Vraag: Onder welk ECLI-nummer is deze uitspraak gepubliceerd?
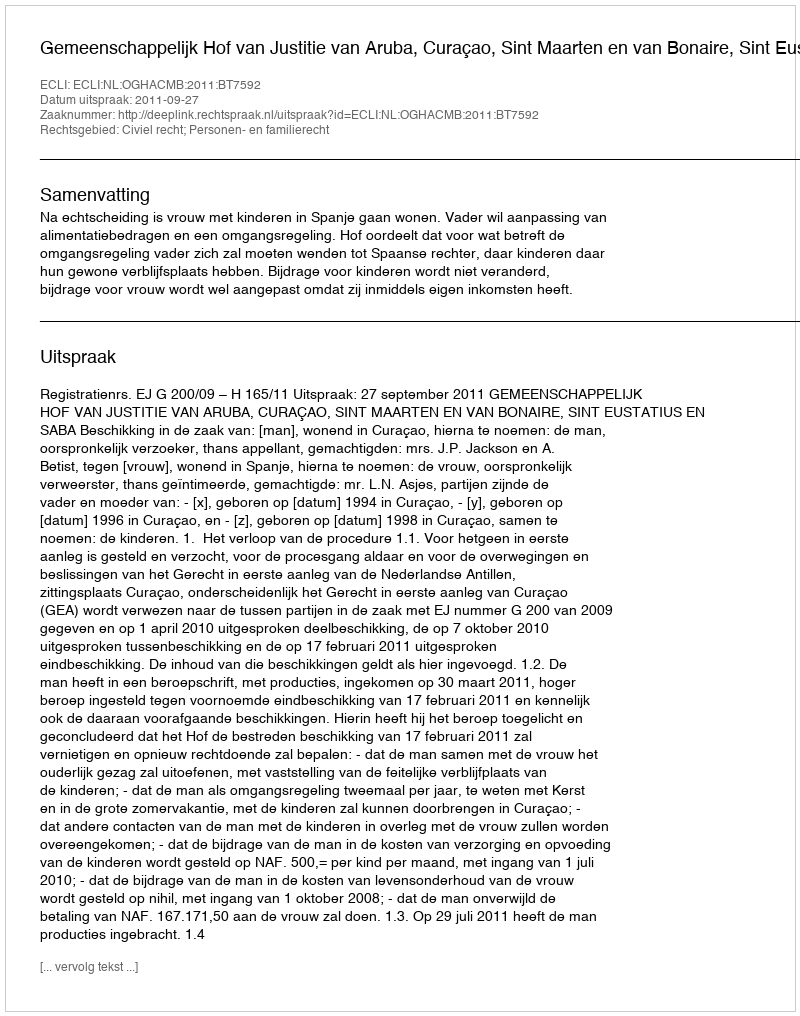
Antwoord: ECLI:NL:OGHACMB:2011:BT7592